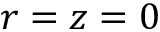
r = z = 0